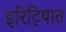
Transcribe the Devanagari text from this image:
इरिट्रियात